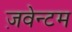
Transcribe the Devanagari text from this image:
ज़वेन्टम